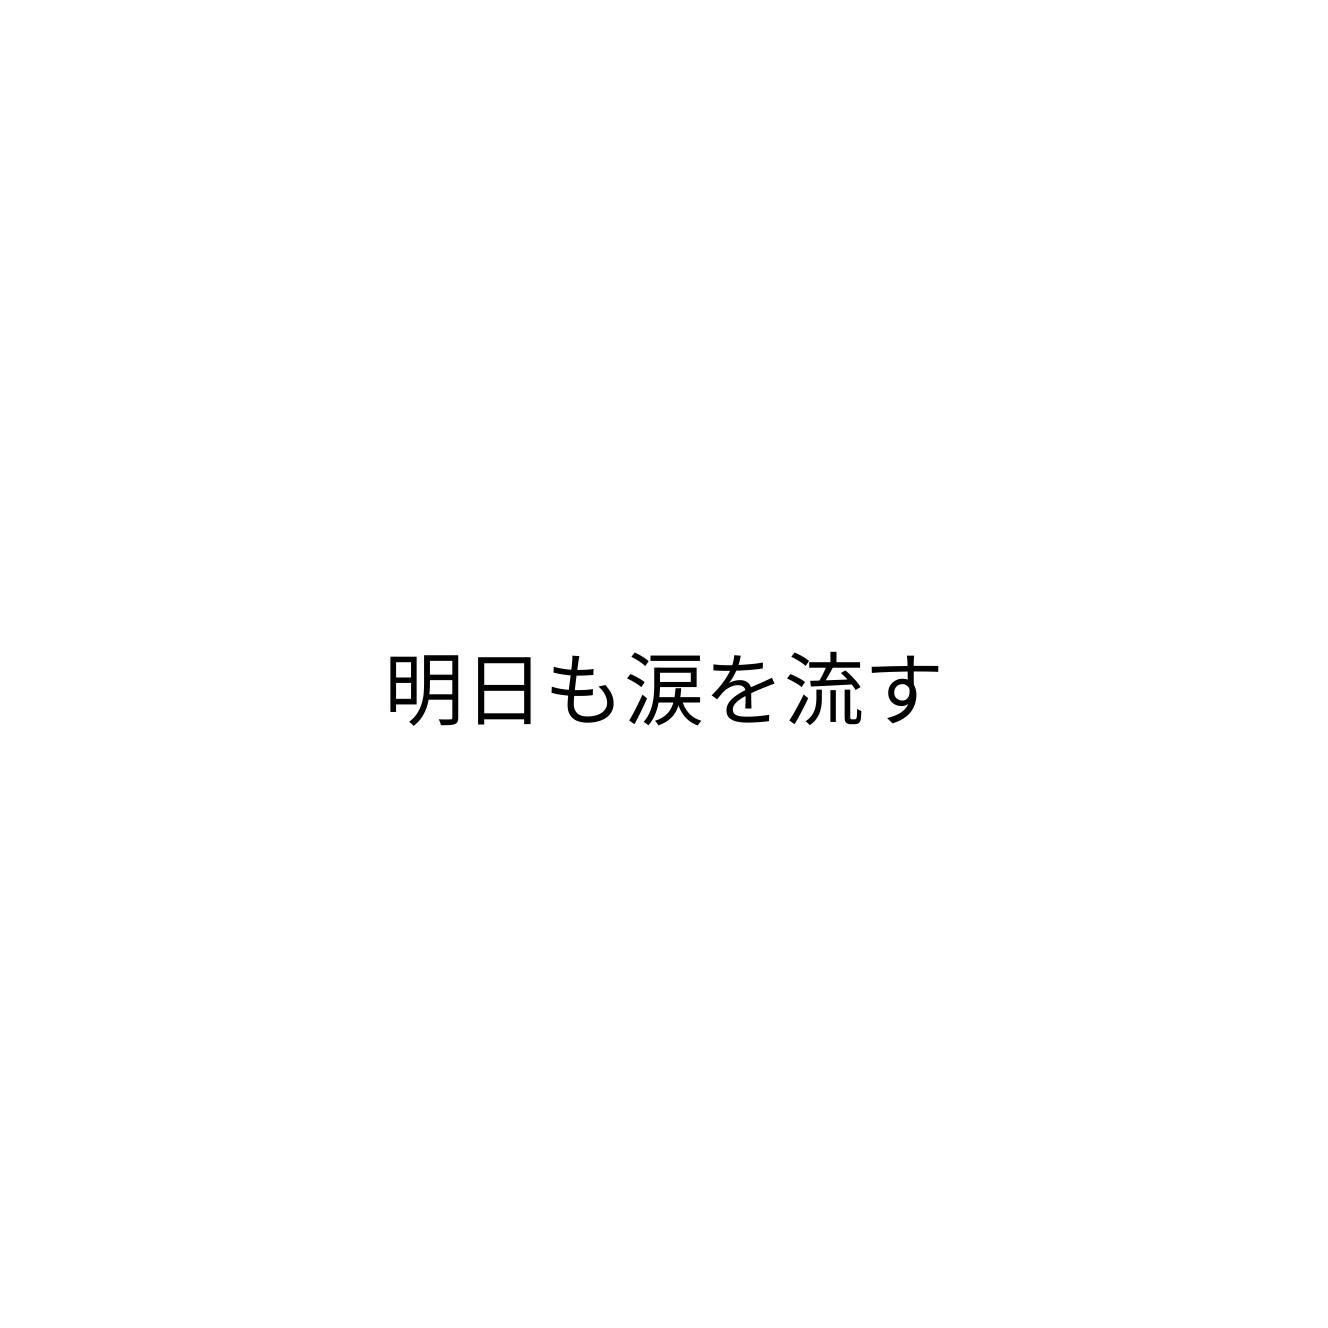
明日も涙を流す